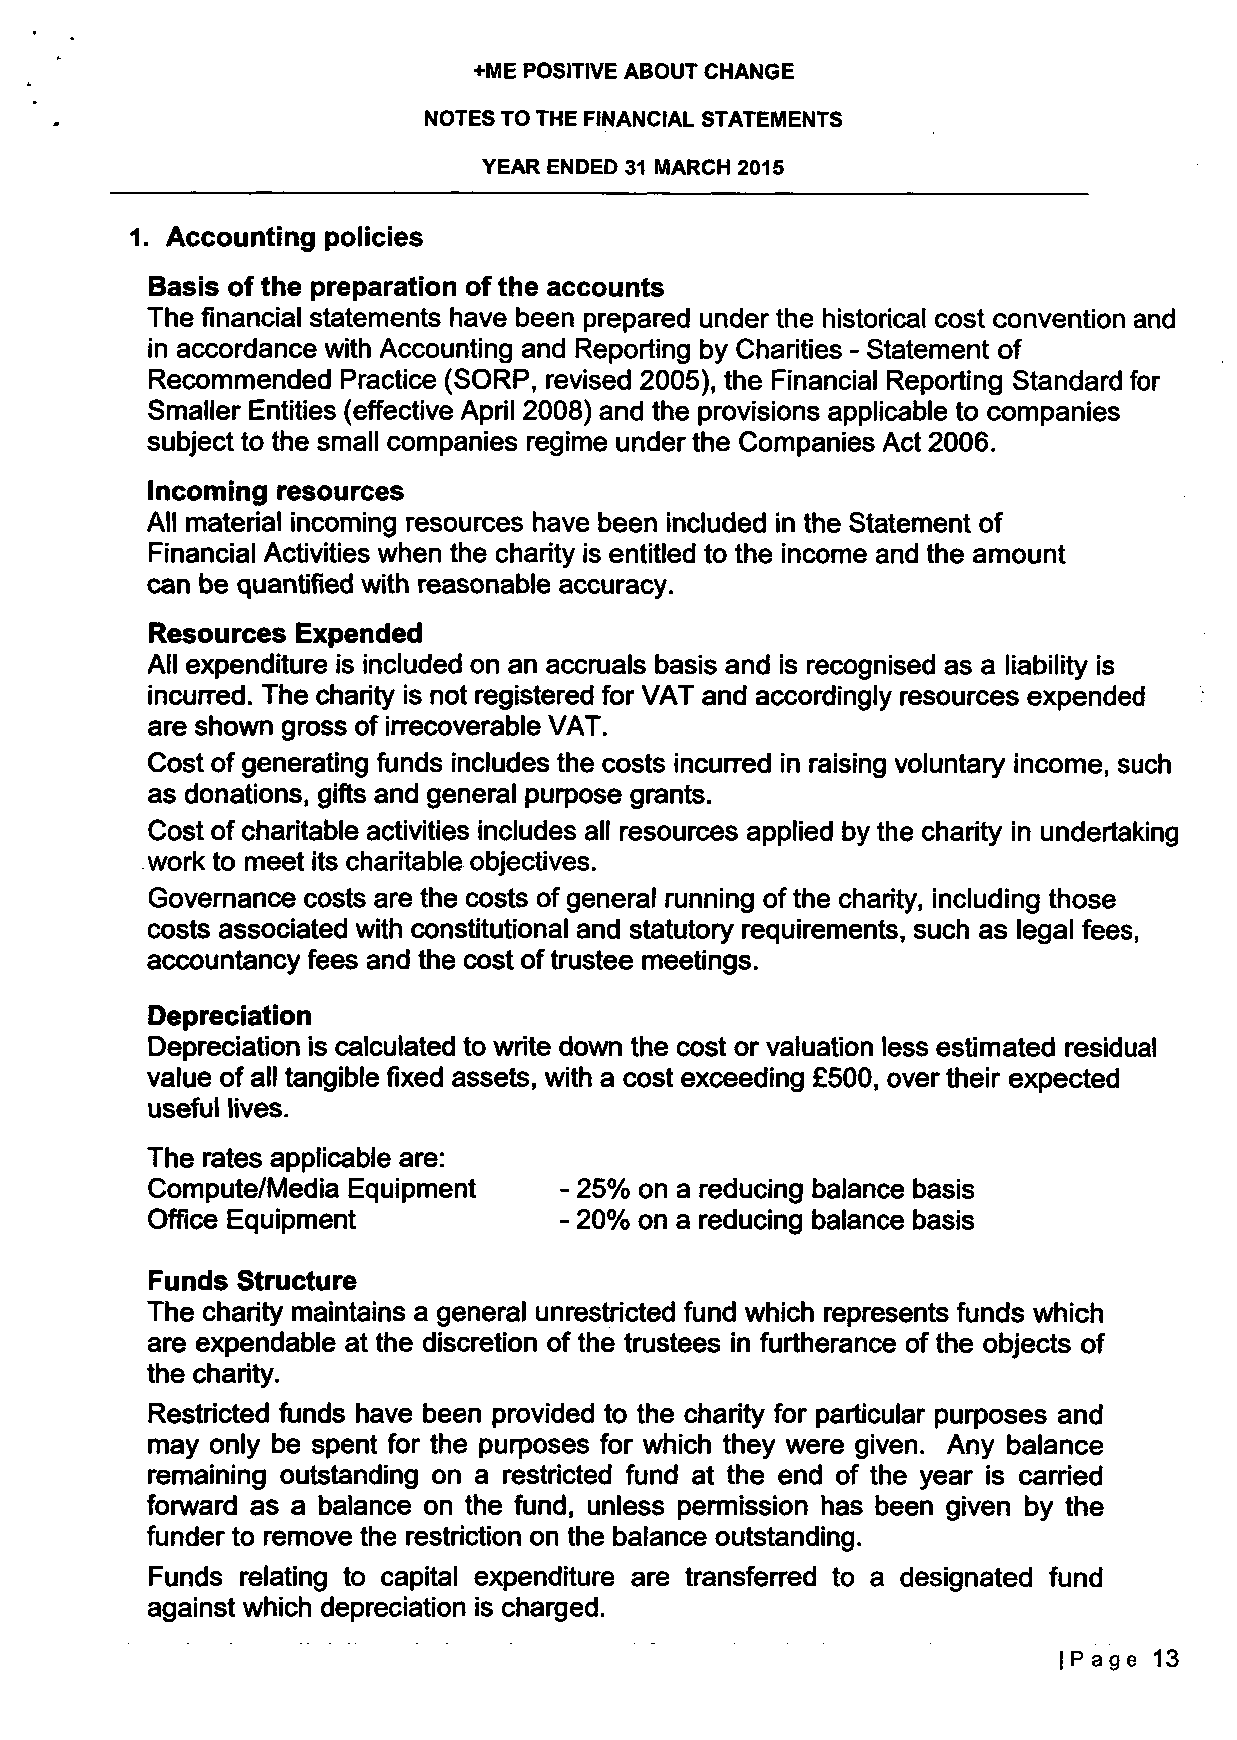
+ME POSITIVE ABOUT CHANGE
 NOTES TO THE FINANCIAL STATEMENTS
 YEAR ENDED 31 MARCH 2015
 1. Accounting policies
 Basis of the preparation of the accounts
 The financial statements have been prepared under the historical cost convention and
 in accordance with Accounting and Reporting by Charities - Statement of
 Recommended  Practice (SORP, revised 2005), the Financial Reporting Standard for
 Smaller Entities (effective April 2008) and the provisions applicable to companies
 subject to the small companies regime under the Companies Act 2006.
 Incoming resources
 All material incoming resources have been included in the Statement of
 Financial Activities when the charity is entitled to the income and the amount
 can be quantified with reasonable accuracy.
 Resources Expended
 All expenditure is included on an accruals basis and is recognised as a liability is
 incurred. The charity is not registered for VAT and accordingly resources expended
 are shown gross of irrecoverable VAT.
 Cost of generating funds includes the costs incurred in raising voluntary income, such
 as donations, gifts and general purpose grants.
 Cost of charitable activities includes all resources applied by the charity in undertaking
 work to meet its charitable objectives.
 Governance costs are the costs of general running of the charity, including those
 costs associated with constitutional and statutory requirements, such as legal fees,
 accountancy fees and the cost of trustee meetings.
 Depreciation
 Depreciation is calculated to write down the cost or valuation less estimated residual
 value of all tangible fixed assets, with a cost exceeding £500, over their expected
 useful lives.
 The rates applicable are:
 Compute/Media Equipment    - 25% on a reducing balance basis
 Office Equipment           - 20% on a reducing balance basis
 Funds Structure
 The charity maintains a general unrestricted fund which represents funds which
 are expendable at the discretion of the trustees in furtherance of the objects of
 the charity.
 Restricted funds have been provided to the charity for particular purposes and
 may only be spent for the purposes for which they were given. Any balance
 remaining outstanding on a restricted fund at the end of the year is carried
 forward as a balance on the fund, unless permission has been given by the
 funder to remove the restriction on the balance outstanding.
 Funds relating to capital expenditure are transferred to a designated fund
 against which depreciation is charged.
 IPage 13